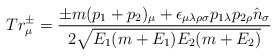
\begin{align*}Tr^{\pm}_\mu = {{\pm m(p_1+p_2)_\mu + \epsilon_{\mu\lambda\rho\sigma}p_{1\lambda} p_{2\rho}{\hat n}_\sigma} \over {2 \sqrt {E_1(m+E_1)E_2(m+E_2)}}}\end{align*}